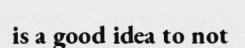
is a good idea to not